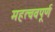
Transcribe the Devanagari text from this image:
महत्ववपूर्ण